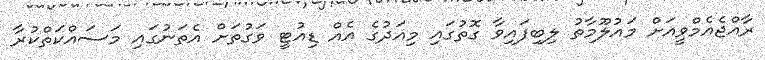
ރާއްޖެއެމްވީއަށް މައުލޫމާތު ލިބިފައިވާ ގޮތުގައި މިއަދުގެ އެއް ޑިއުޓީ ވަގުތަށް އެތަނުގައި މަސައްކަތްކުރާ